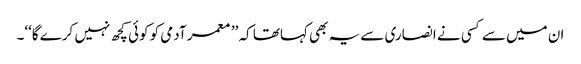
ان میں سے کسی نے انصاری سے یہ بھی کہاتھا کہ ’’ معمر آدمی کو کوئی کچھ نہیں کرے گا‘‘۔